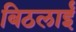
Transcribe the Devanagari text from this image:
बिठलाईं